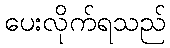
ပေးလိုက်ရသည်